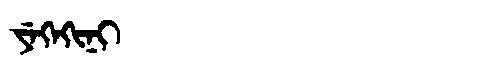
Manchu: ᠶᡝᡴᡝᡴᡳᠨᡳ
Romanization: YEKEKINI